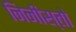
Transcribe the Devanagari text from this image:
निनीस्तो